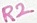
Text: R2